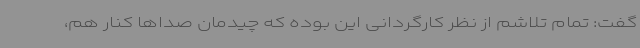
گفت: تمام تلاشم از نظر کارگردانی این بوده که چیدمان صداها کنار هم،